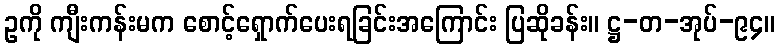
ဥကို ကျီးကန်းမက စောင့်ရှောက်ပေးရခြင်းအကြောင်း ပြဆိုခန်း။ ဋ္ဌ-တ-အုပ်-၉၄။